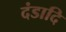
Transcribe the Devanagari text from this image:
दंडादि